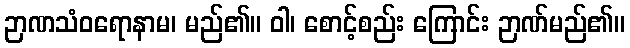
ဉာဏသံဝရောနာမ၊ မည်၏။ ဝါ၊ စောင့်စည်း ကြောင်း ဉာဏ်မည်၏။